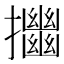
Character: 𢹴